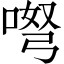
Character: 𱓕